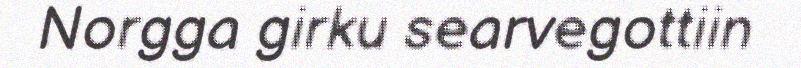
Norgga girku searvegottiin